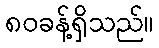
၈၀ခန့်ရှိသည်။